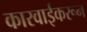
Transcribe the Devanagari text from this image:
कारवाईकरून